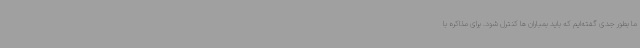
ما بطور جدی گفته‌ایم که باید بمباران ها کنترل شود. برای مذاکره با